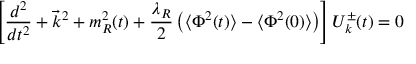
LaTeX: \left[ \frac { d ^ { 2 } } { d t ^ { 2 } } + \vec { k } ^ { 2 } + m _ { R } ^ { 2 } ( t ) + \frac { \lambda _ { R } } { 2 } \left( \langle \Phi ^ { 2 } ( t ) \rangle - \langle \Phi ^ { 2 } ( 0 ) \rangle \right) \right] { \cal { U } } _ { k } ^ { \pm } ( t ) = 0